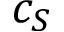
c _ { S }